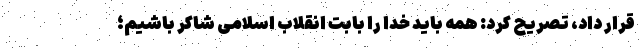
قرار داد، تصریح کرد: همه باید خدا را بابت انقلاب اسلامی شاکر باشیم؛